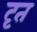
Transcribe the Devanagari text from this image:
दृत